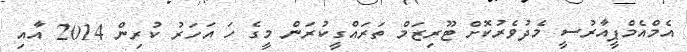
އެމްއެމްޕީއާރުސީ މެދުވެރުކޮށް ޓޫރިޒަމް ތަރައްގީކުރަން މީގެ ހަ އަހަރު ކުރިން 2014 އާއި